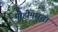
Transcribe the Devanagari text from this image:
मोहीमसुद्धा